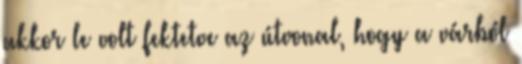
akkor le volt fektetve az útvonal, hogy a várból